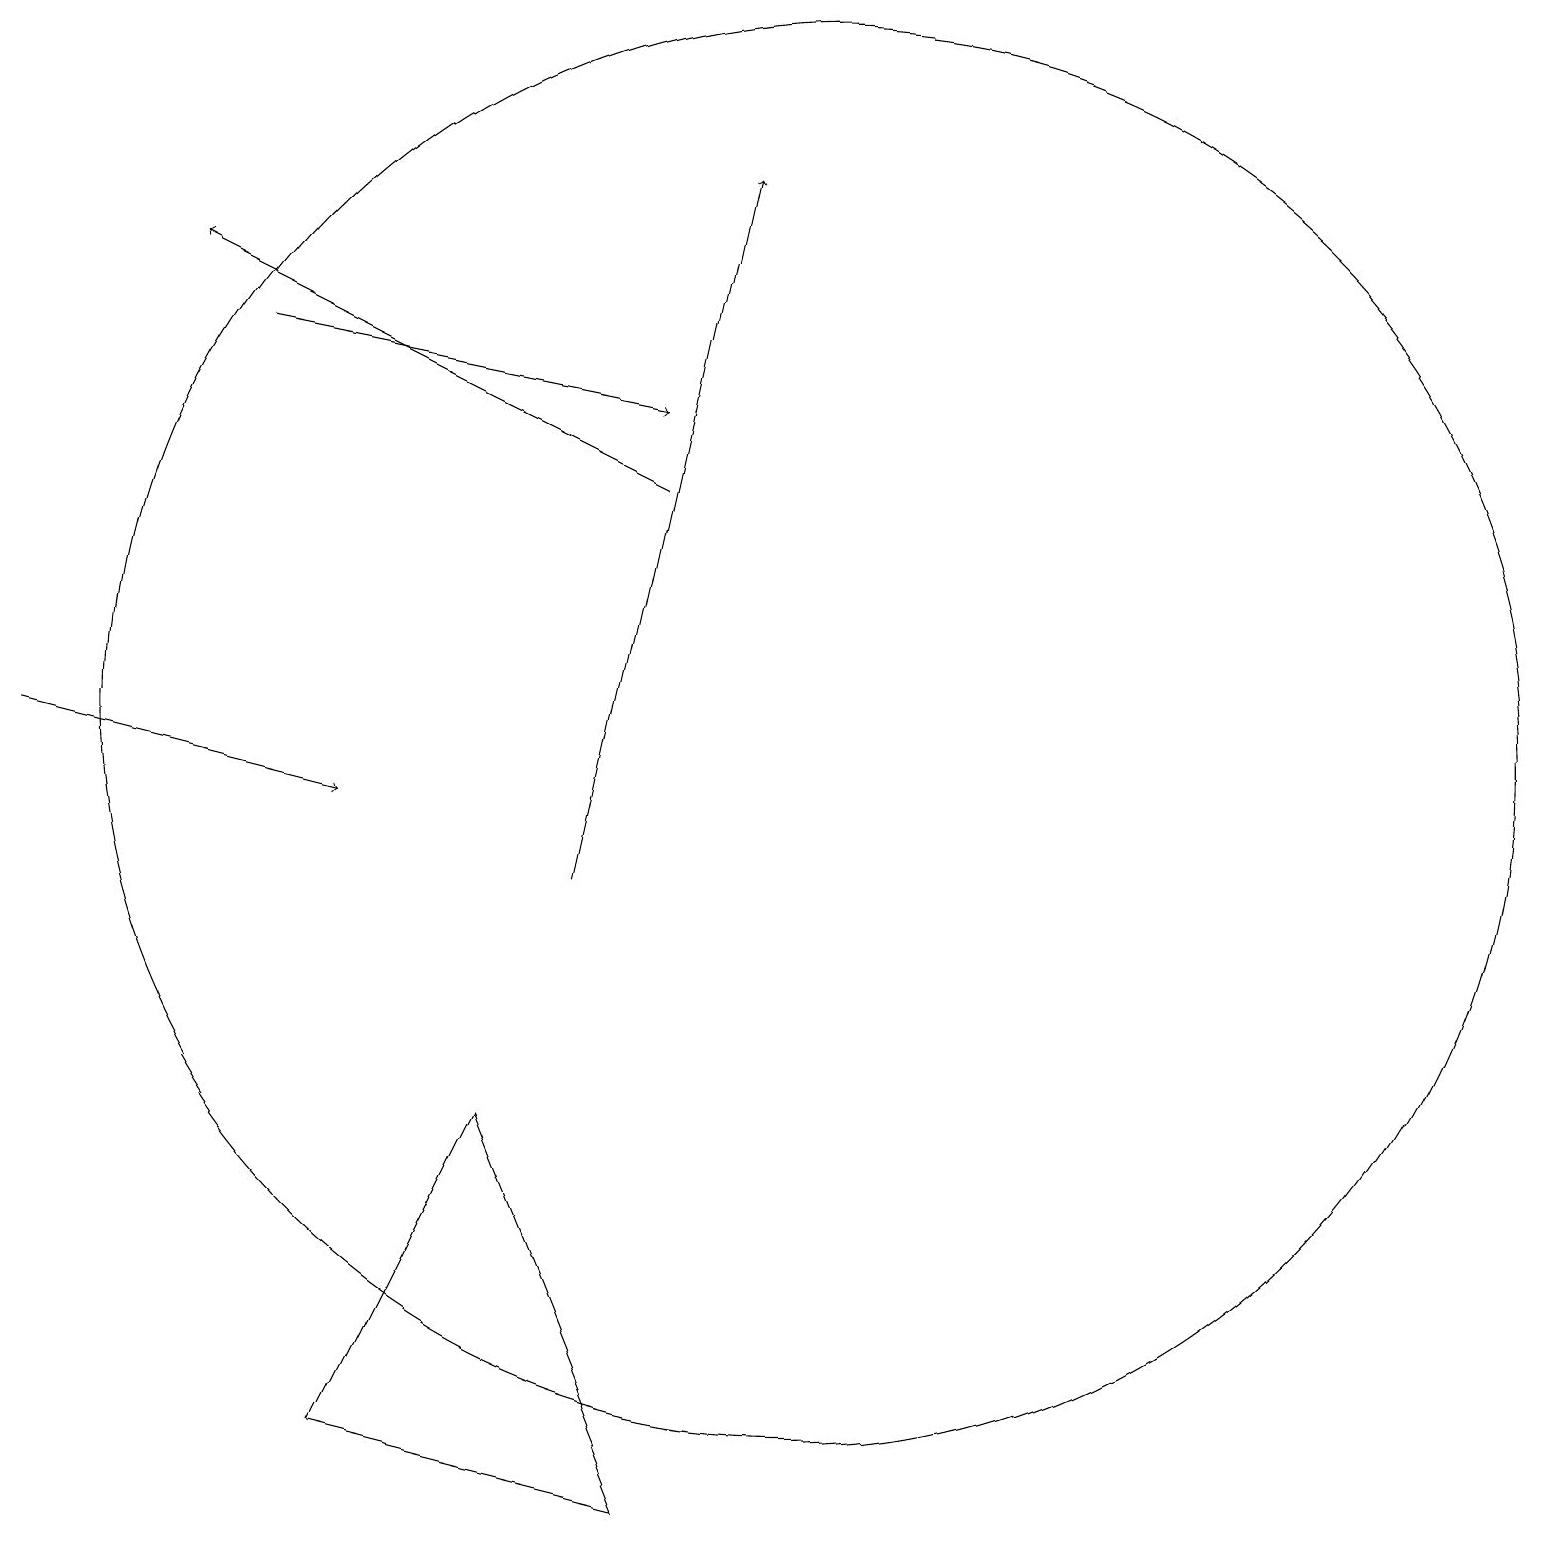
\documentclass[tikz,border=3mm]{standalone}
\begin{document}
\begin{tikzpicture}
\draw (10,12) circle (9);
\draw[->] (8,15) -- (2,18);
\draw[->] (0,12) -- (4,11);
\draw[->] (3,17) -- (8,16);
\draw[->] (7,10) -- (9,19);
\draw (4,3) -- (6,7) -- (8,2) -- cycle;
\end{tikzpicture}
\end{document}